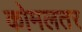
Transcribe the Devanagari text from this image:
कोमलतर